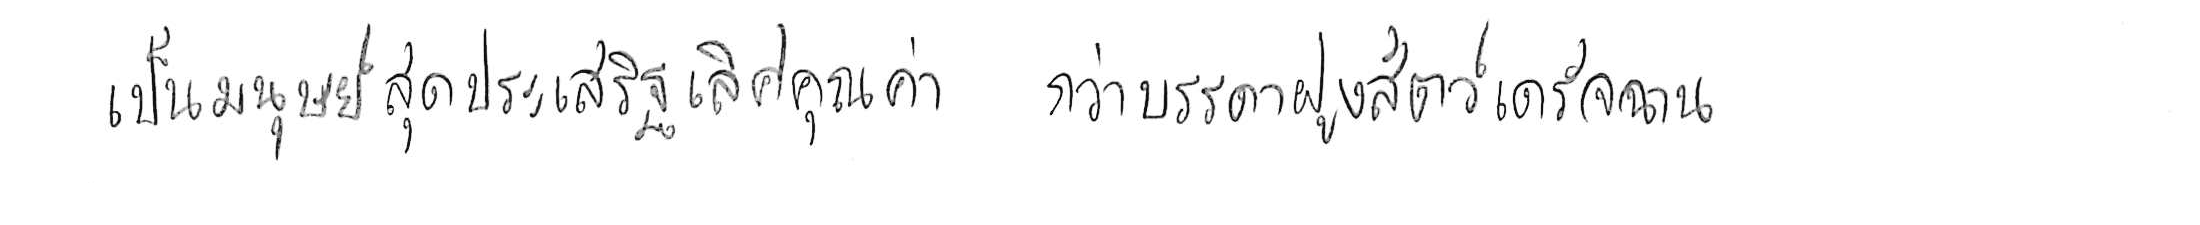
เป็นมนุษย์สุดประเสริฐเลิศคุณค่า กว่าบรรดาฝูงสัตว์เดรัจฉาน